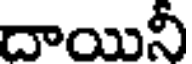
దాయినీ